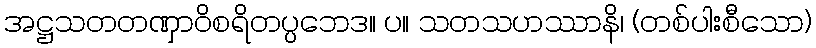
အဋ္ဌသတတဏှာဝိစရိတပ္ပဘေဒ။ ပ။ သတသဟဿာနိ၊ (တစ်ပါးစီသော)